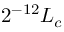
2 ^ { - 1 2 } L _ { c }